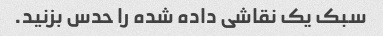
سبک یک نقاشی داده شده را حدس بزنید.